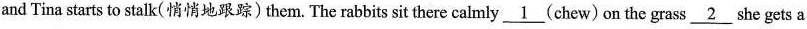
and Tina starts to stalk( 悄悄地跟踪)them. The rabbits sit there calmly 1(chew)on the grass 2 she gets a